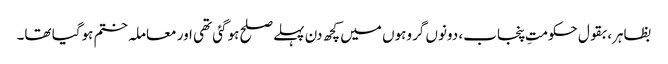
بظاہر، بقول حکومتِ پنجاب، دونوں گروہوں میں کچھ دن پہلے صلح ہوگئی تھی اور معاملہ ختم ہوگیا تھا۔